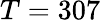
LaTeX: T=307